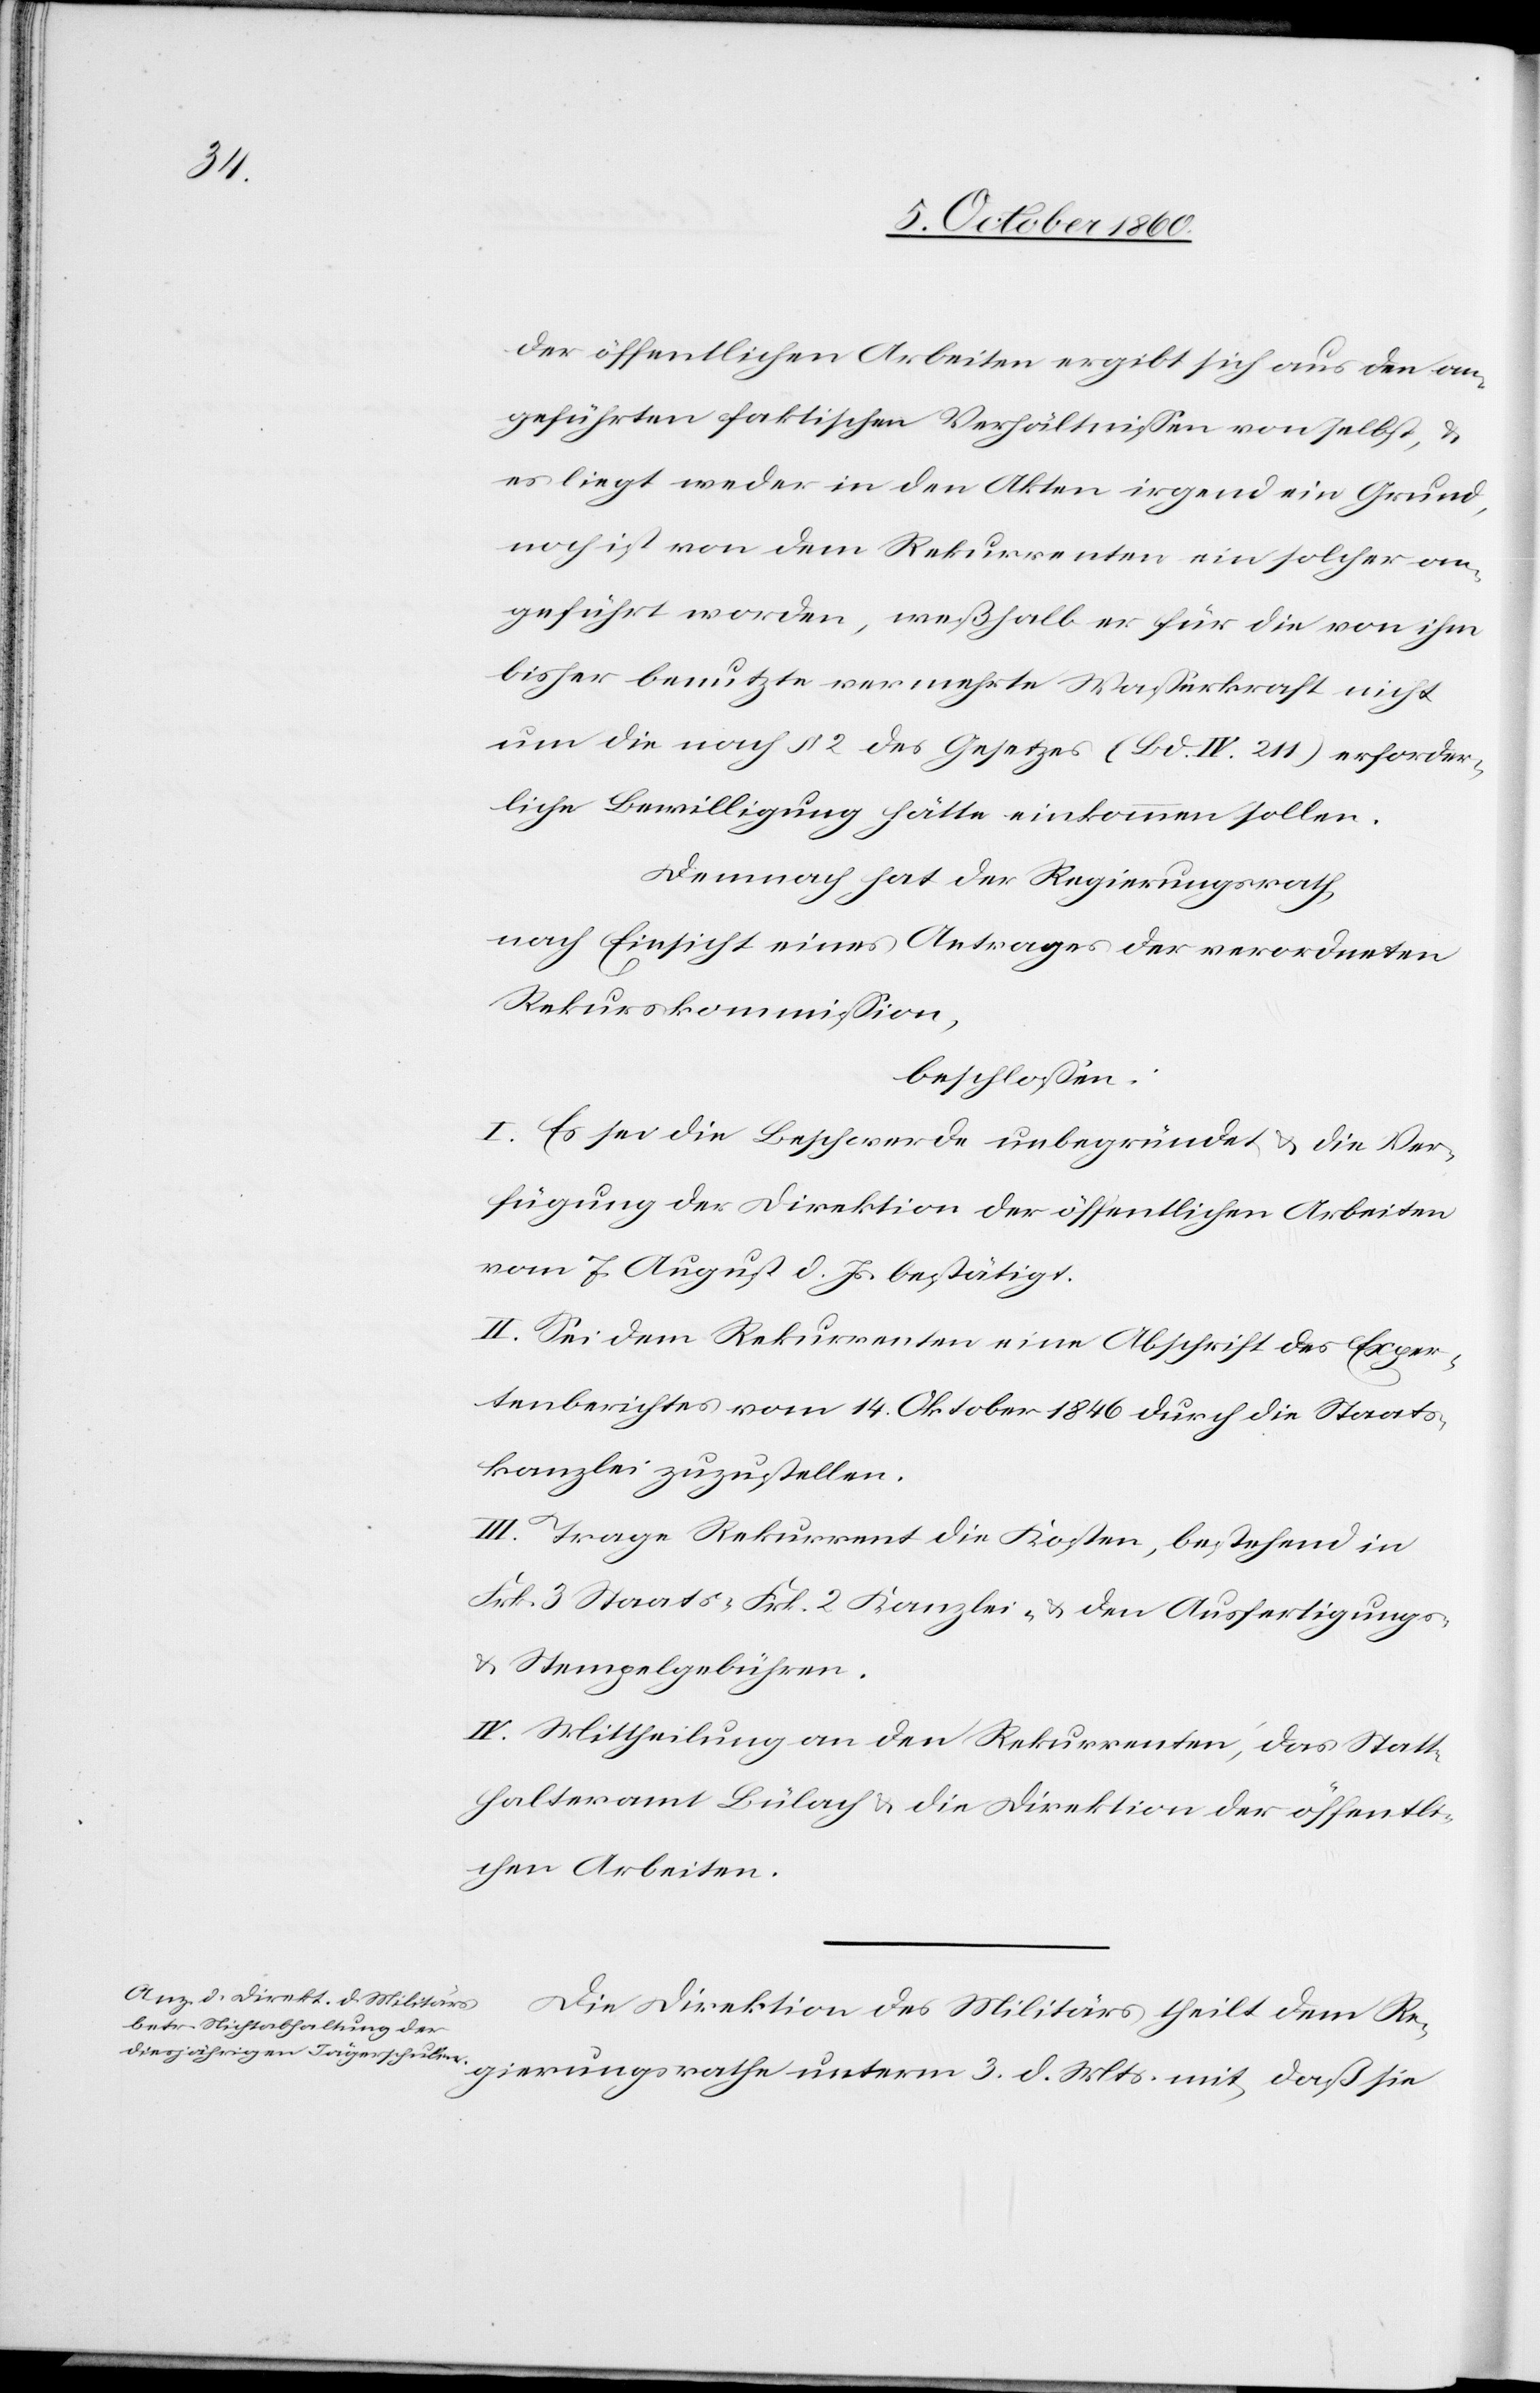
der öffentlichen Arbeiten ergibt sich aus den an¬
geführten faktischen Verhältnissen von selbst, u.
es liegt weder in den Akten irgend ein Grund,
noch ist von dem Rekurrenten ein solcher an¬
geführt worden, weßhalb er für die von ihm
bisher benutzte vermehrte Wasserkraft nicht
um die nach § 2 des Gesetzes (Bd. IV. 211) erforder¬
liche Bewilligung hätte einkommen sollen.
Demnach hat der Regierungsrath,
nach Einsicht eines Antrages der verordneten
Rekurskommission,
beschlossen:
I. Es sei die Beschwerde unbegründet u. die Ver¬
fügung der Direktion der öffentlichen Arbeiten
vom 7. August d. Js. bestätigt.
II. Sei dem Rekurrenten eine Abschrift des Exper¬
tenberichtes vom 14. Oktober 1846 durch die Staats¬
kanzlei zuzustellen.
III. Trage Rekurrent die Kosten, bestehend in
Frk. 3 Staats-[,] Frk. 2 Kanzlei- u. den Ausfertigungs-
u. Stempelgebühren.
IV. Mittheilung an den Rekurrenten, das Statt¬
halteramt Bülach u. die Direktion der öffentli¬
chen Arbeiten.
Die Direktion des Militärs theilt dem Re¬
gierungsrathe unterm 3. d. Mts. mit, daß sie